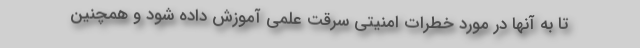
تا به آنها در مورد خطرات امنیتی سرقت علمی آموزش داده شود و همچنین